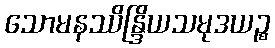
သောမနဿိန္ဒြိယသမုဒယဉ္စ